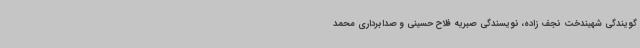
گویندگی شهیندخت نجف زاده، نویسندگی صبریه فلاح حسینی و صدابرداری محمد